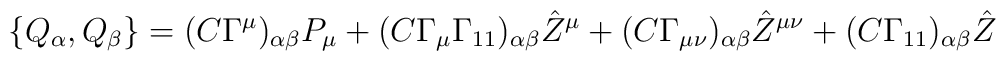
\{ Q_\alpha,Q_\beta\}= (C\Gamma^\mu)_{\alpha\beta}P_\mu +  (C\Gamma_\mu\Gamma_{11})_{\alpha\beta}{\hat Z}^\mu +  (C\Gamma_{\mu\nu})_{\alpha\beta}{\hat Z}^{\mu\nu}  + (C\Gamma_{11})_{\alpha\beta}{\hat Z}\quad